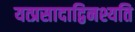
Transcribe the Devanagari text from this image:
यत्प्रसादाद्विनश्यति